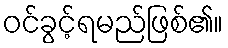
ဝင်ခွင့်ရမည်ဖြစ်၏။